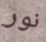
نور